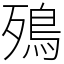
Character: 殦